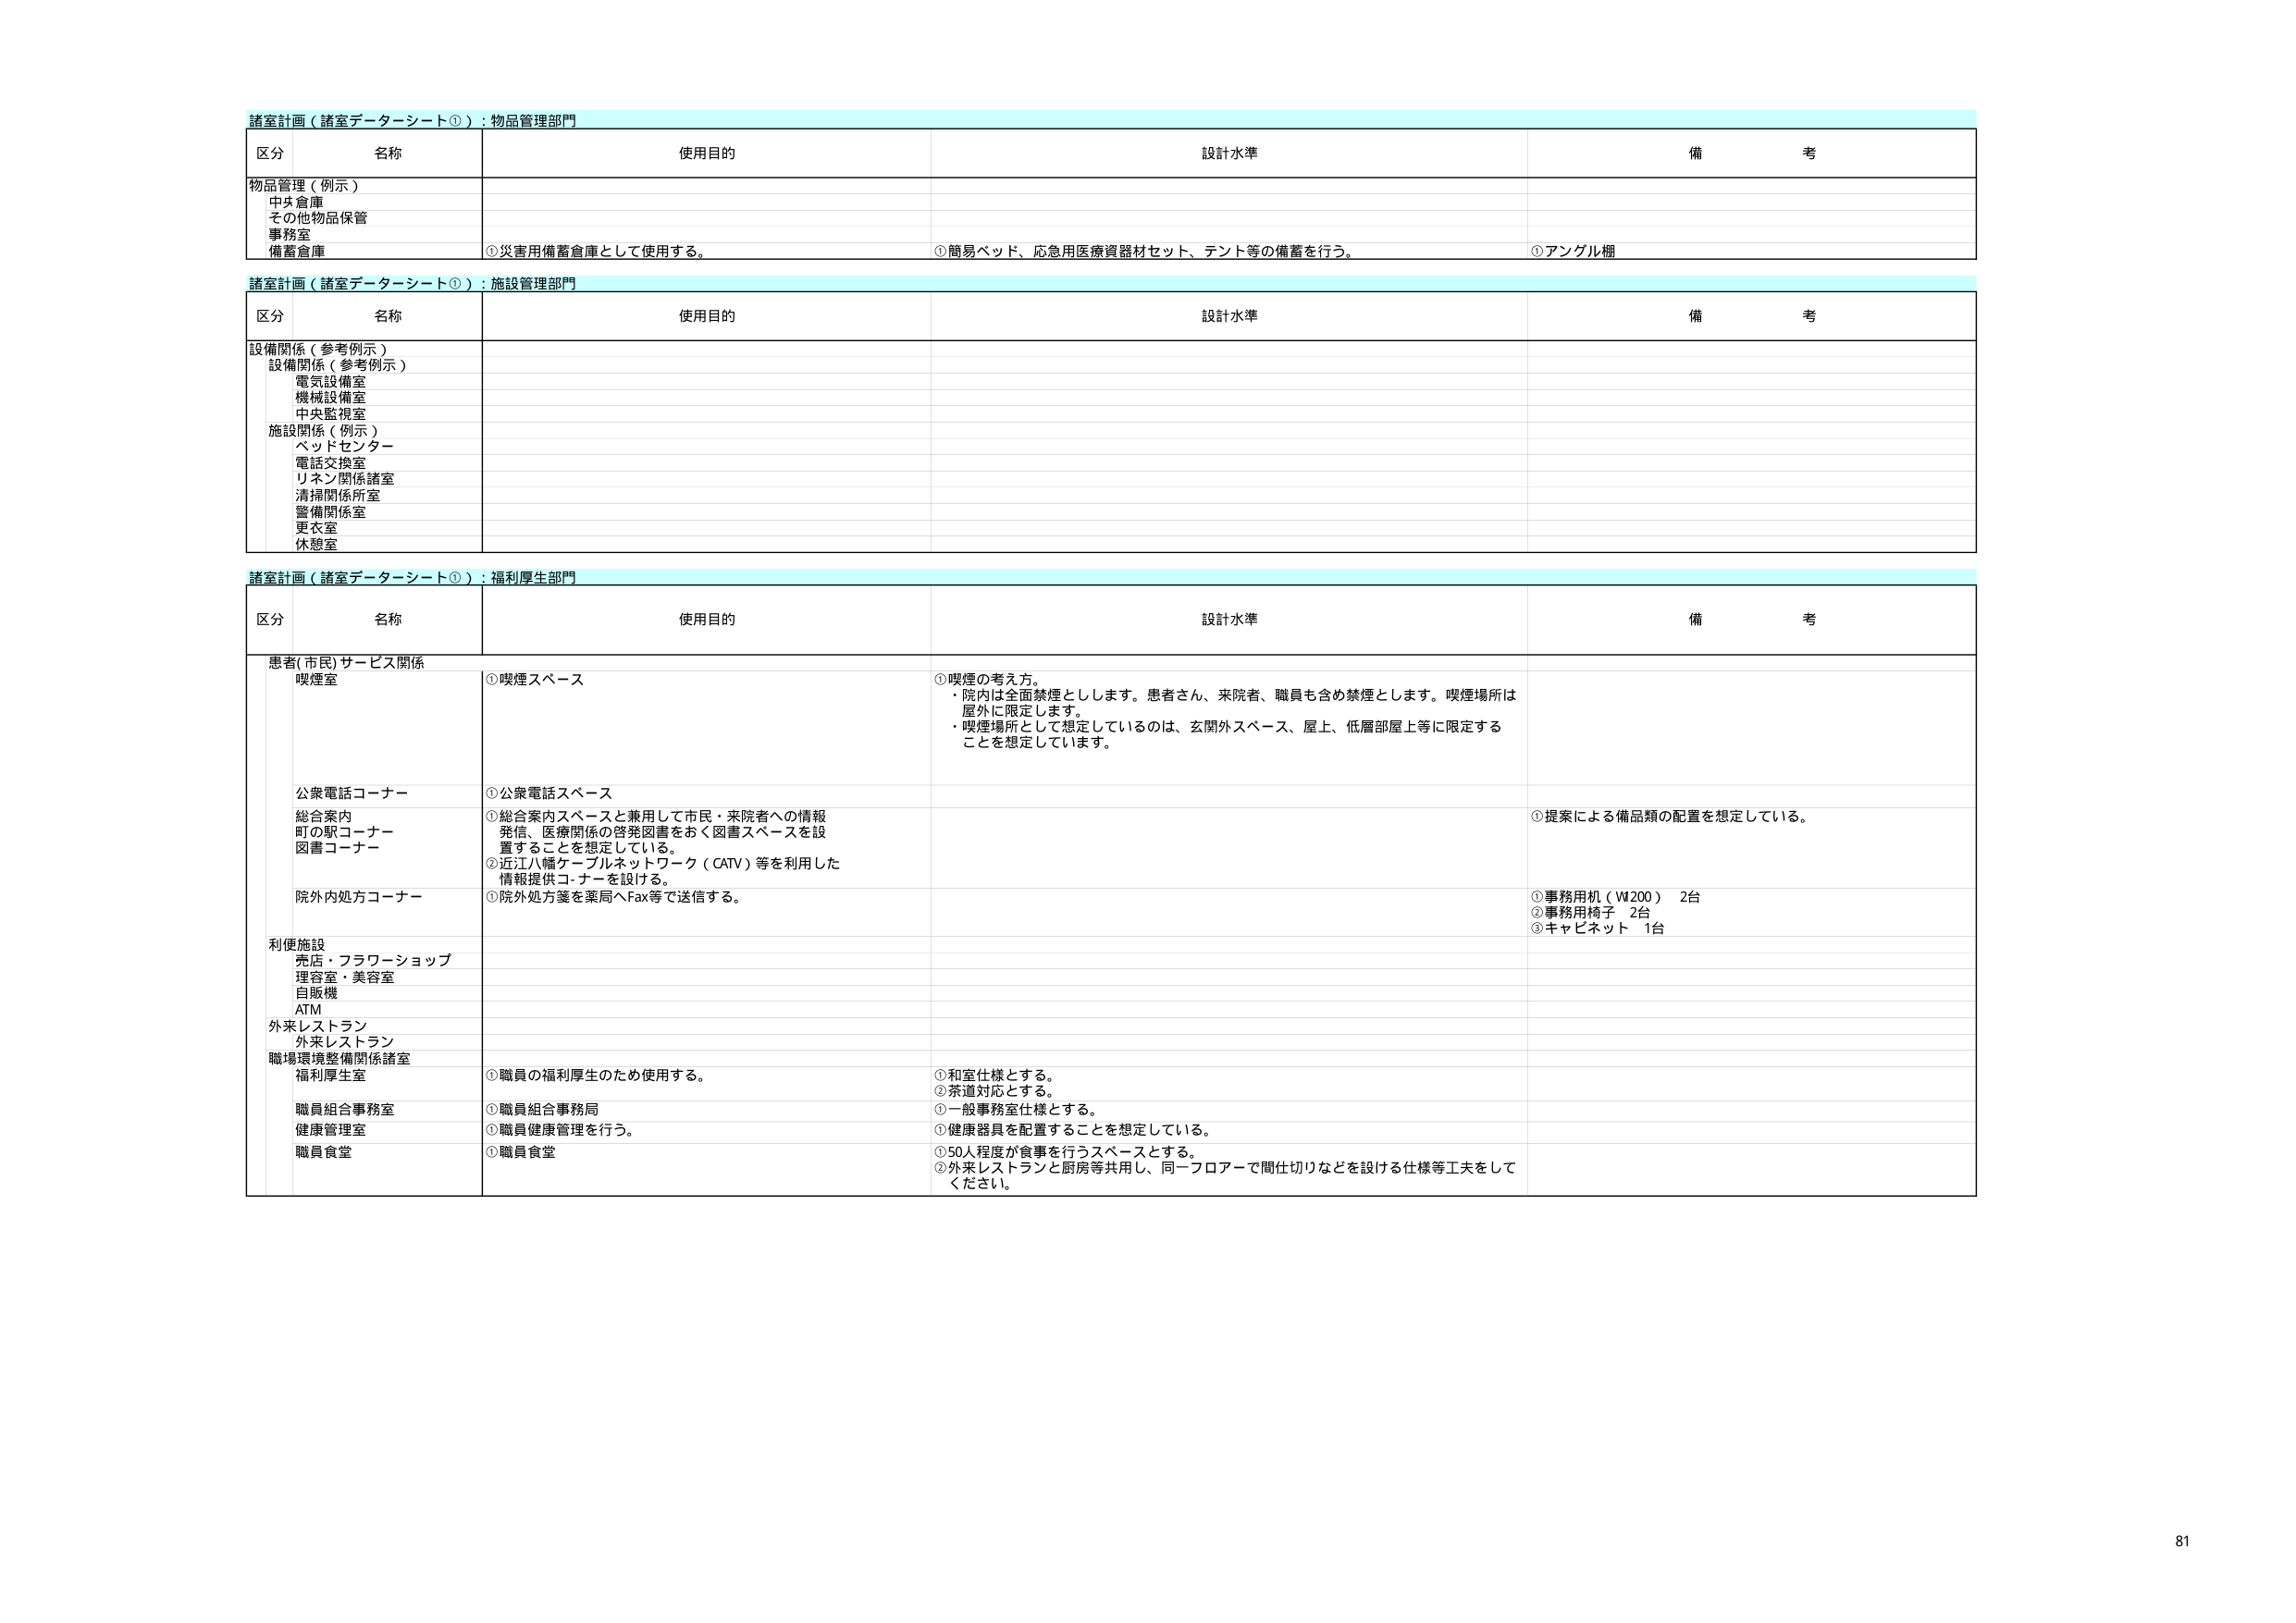
諸室計画（諸室データシート①）：物品管理部門
区分 名称 使用目的 設計水準 備考
物品管理（例示）
中央倉庫
その他物品保管
事務室
備蓄倉庫
①災害用備蓄倉庫として使用する。
①簡易ベッド、応急用医療資器材セット、テント等の備蓄を行う。
①アングル棚

諸室計画（諸室データシート①）：施設管理部門
区分 名称 使用目的 設計水準 備考
設備関係（参考例示）
設備関係（参考例示）
電気設備室
機械設備室
中央監視室
施設関係（例示）
ベッドセンター
電話交換室
リネン関係諸室
清掃関係所室
警備関係室
更衣室
休憩室

諸室計画（諸室データシート①）：福利厚生部門
区分 名称 使用目的 設計水準 備考
患者(市民)サービス関係
喫煙室
①喫煙スペース
①喫煙の考え方。
・院内は全面禁煙とします。患者さん、来院者、職員も含め禁煙とします。喫煙場所は屋外に限定します。
・喫煙場所として想定しているのは、玄関外スペース、屋上、低層部屋上等に限定することを想定しています。
公衆電話コーナー
①公衆電話スペース
総合案内
町の駅コーナー
図書コーナー
①総合案内スペースと兼用して市民・来院者への情報発信、医療関係の啓発図書をおく図書スペースを設置することを想定している。
②近江八幡ケーブルネットワーク（CATV）等を利用した情報提供コーナーを設ける。
①提案による備品類の配置を想定している。
院外内処方コーナー
①院外処方箋を薬局へFax等で送信する。
①事務用机（¥200） 2台
②事務用椅子 2台
③キャビネット 1台
利便施設
売店・フラワーショップ
理容室・美容室
自販機
ATM
外来レストラン
外来レストラン
職場環境整備関係諸室
福利厚生室
①職員の福利厚生のため使用する。
①和室仕様とする。
②茶道対応とする。
職員組合事務室
①職員組合事務局
①一般事務室仕様とする。
健康管理室
①職員健康管理を行う。
①健康器具を配置することを想定している。
職員食堂
①職員食堂
①50人程度が食事を行うスペースとする。
②外来レストランと厨房等共用し、同一フロアーで間仕切りなどを設ける仕様等工夫をしてください。

81